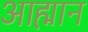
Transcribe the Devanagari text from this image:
आह्मान